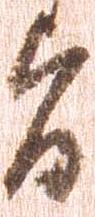
旨